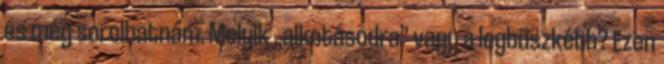
és még sorolhatnám. Melyik „alkotásodra” vagy a legbüszkébb? Ezen